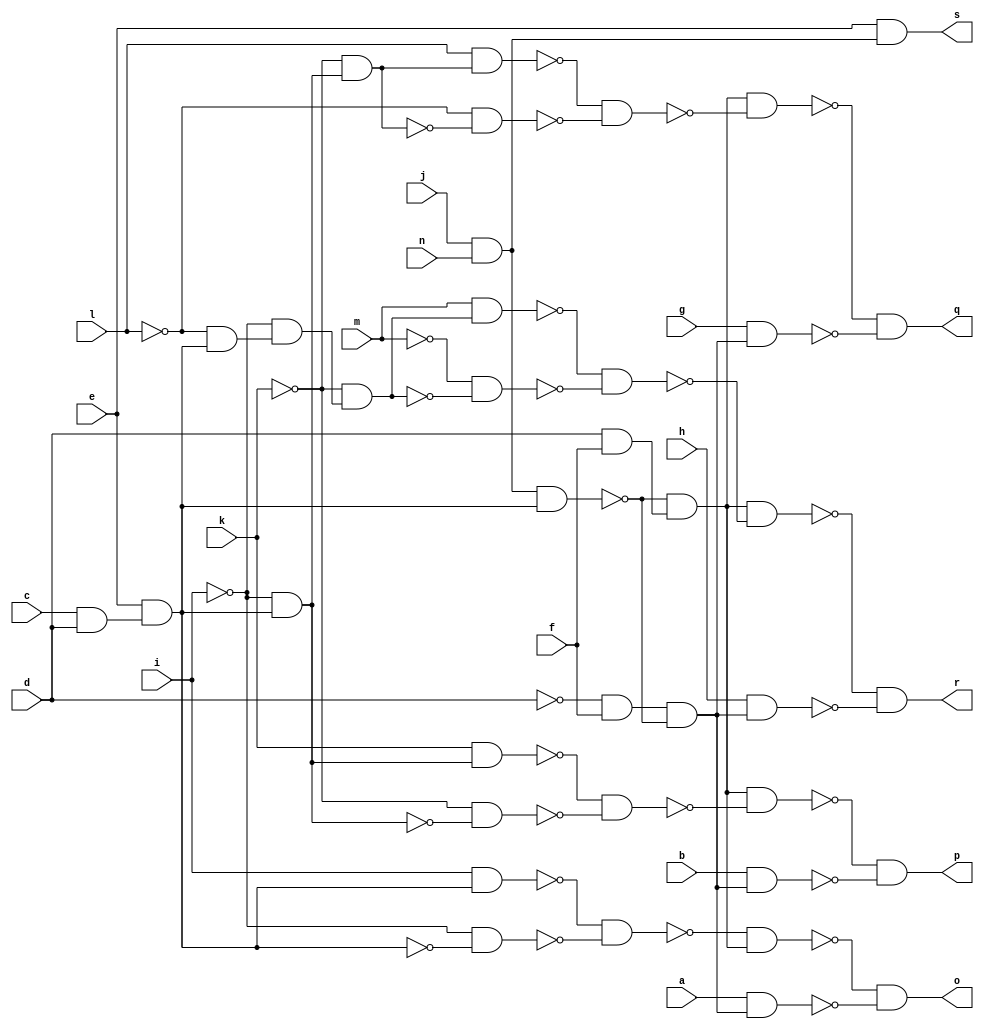
module CM162 ( 
    a, b, c, d, e, f, g, h, i, j, k, l, m, n,
    o, p, q, r, s  );
  input  a, b, c, d, e, f, g, h, i, j, k, l, m, n;
  output o, p, q, r, s;
  wire new_n20_, new_n21_, new_n22_, new_n23_, new_n24_, new_n25_, new_n26_,
    new_n27_, new_n28_, new_n29_, new_n30_, new_n31_, new_n32_, new_n34_,
    new_n35_, new_n36_, new_n37_, new_n38_, new_n39_, new_n41_, new_n42_,
    new_n43_, new_n44_, new_n45_, new_n46_, new_n48_, new_n49_, new_n50_,
    new_n51_, new_n52_, new_n53_, new_n54_, new_n55_;
  assign new_n20_ = ~d & f;
  assign new_n21_ = j & n;
  assign new_n22_ = c & d;
  assign new_n23_ = e & new_n22_;
  assign new_n24_ = new_n21_ & new_n23_;
  assign new_n25_ = new_n20_ & ~new_n24_;
  assign new_n26_ = i & new_n23_;
  assign new_n27_ = ~i & ~new_n23_;
  assign new_n28_ = ~new_n26_ & ~new_n27_;
  assign new_n29_ = d & f;
  assign new_n30_ = ~new_n24_ & new_n29_;
  assign new_n31_ = ~new_n28_ & new_n30_;
  assign new_n32_ = a & new_n25_;
  assign o = ~new_n31_ & ~new_n32_;
  assign new_n34_ = ~i & new_n23_;
  assign new_n35_ = k & new_n34_;
  assign new_n36_ = ~k & ~new_n34_;
  assign new_n37_ = ~new_n35_ & ~new_n36_;
  assign new_n38_ = new_n30_ & ~new_n37_;
  assign new_n39_ = b & new_n25_;
  assign p = ~new_n38_ & ~new_n39_;
  assign new_n41_ = ~k & new_n34_;
  assign new_n42_ = l & new_n41_;
  assign new_n43_ = ~l & ~new_n41_;
  assign new_n44_ = ~new_n42_ & ~new_n43_;
  assign new_n45_ = new_n30_ & ~new_n44_;
  assign new_n46_ = g & new_n25_;
  assign q = ~new_n45_ & ~new_n46_;
  assign new_n48_ = ~l & new_n23_;
  assign new_n49_ = ~i & new_n48_;
  assign new_n50_ = ~k & new_n49_;
  assign new_n51_ = m & new_n50_;
  assign new_n52_ = ~m & ~new_n50_;
  assign new_n53_ = ~new_n51_ & ~new_n52_;
  assign new_n54_ = new_n30_ & ~new_n53_;
  assign new_n55_ = h & new_n25_;
  assign r = ~new_n54_ & ~new_n55_;
  assign s = e & new_n21_;
endmodule